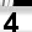
Digit: 4